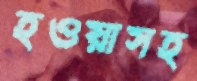
হওয়াসহ